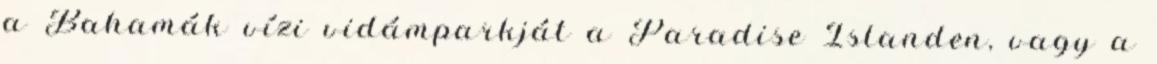
a Bahamák vízi vidámparkját a Paradise Islanden, vagy a